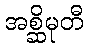
အစ္ဆိမုတီ